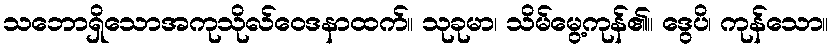
သဘောရှိသောအကုသိုလ်ဝေဒနာထက်။ သုခုမာ၊ သိမ်မွေ့ကုန်၏။ ဒွေပိ၊ ကုန်သော။